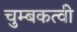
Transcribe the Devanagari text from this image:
चुम्बकत्वी